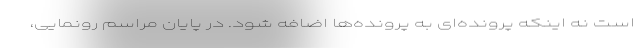
است نه اینکه پرونده‌ای به پرونده‌ها اضافه شود. در پایان مراسم رونمایی،